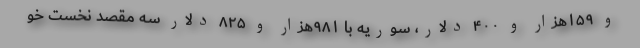
و ۱۵۹هزار و ۴۰۰ دلار، سوریه با ۹۸۱هزار و ۸۲۵ دلار سه مقصد نخست خو